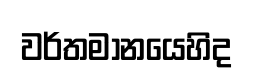
වර්තමානයෙහිද